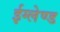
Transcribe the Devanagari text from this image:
ईग्‍लेण्‍ड